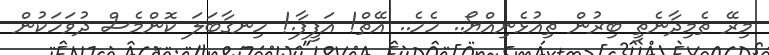
މިރޭ ތެމިދާނެތީ ބިރުން ތިއުޅެނިއްޔޯ.. ހެހެ.. އޭތް! އަފީފާ.! ހިނގާބަލަ ކޮންމެސް ދުވަހަކުން